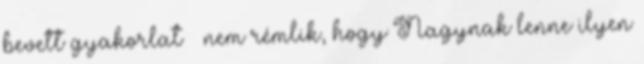
bevett gyakorlat – nem rémlik, hogy Nagynak lenne ilyen